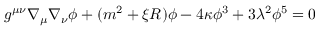
g ^ { \mu \nu } \nabla _ { \mu } \nabla _ { \nu } \phi + ( m ^ { 2 } + \xi R ) \phi - 4 \kappa \phi ^ { 3 } + 3 \lambda ^ { 2 } \phi ^ { 5 } = 0